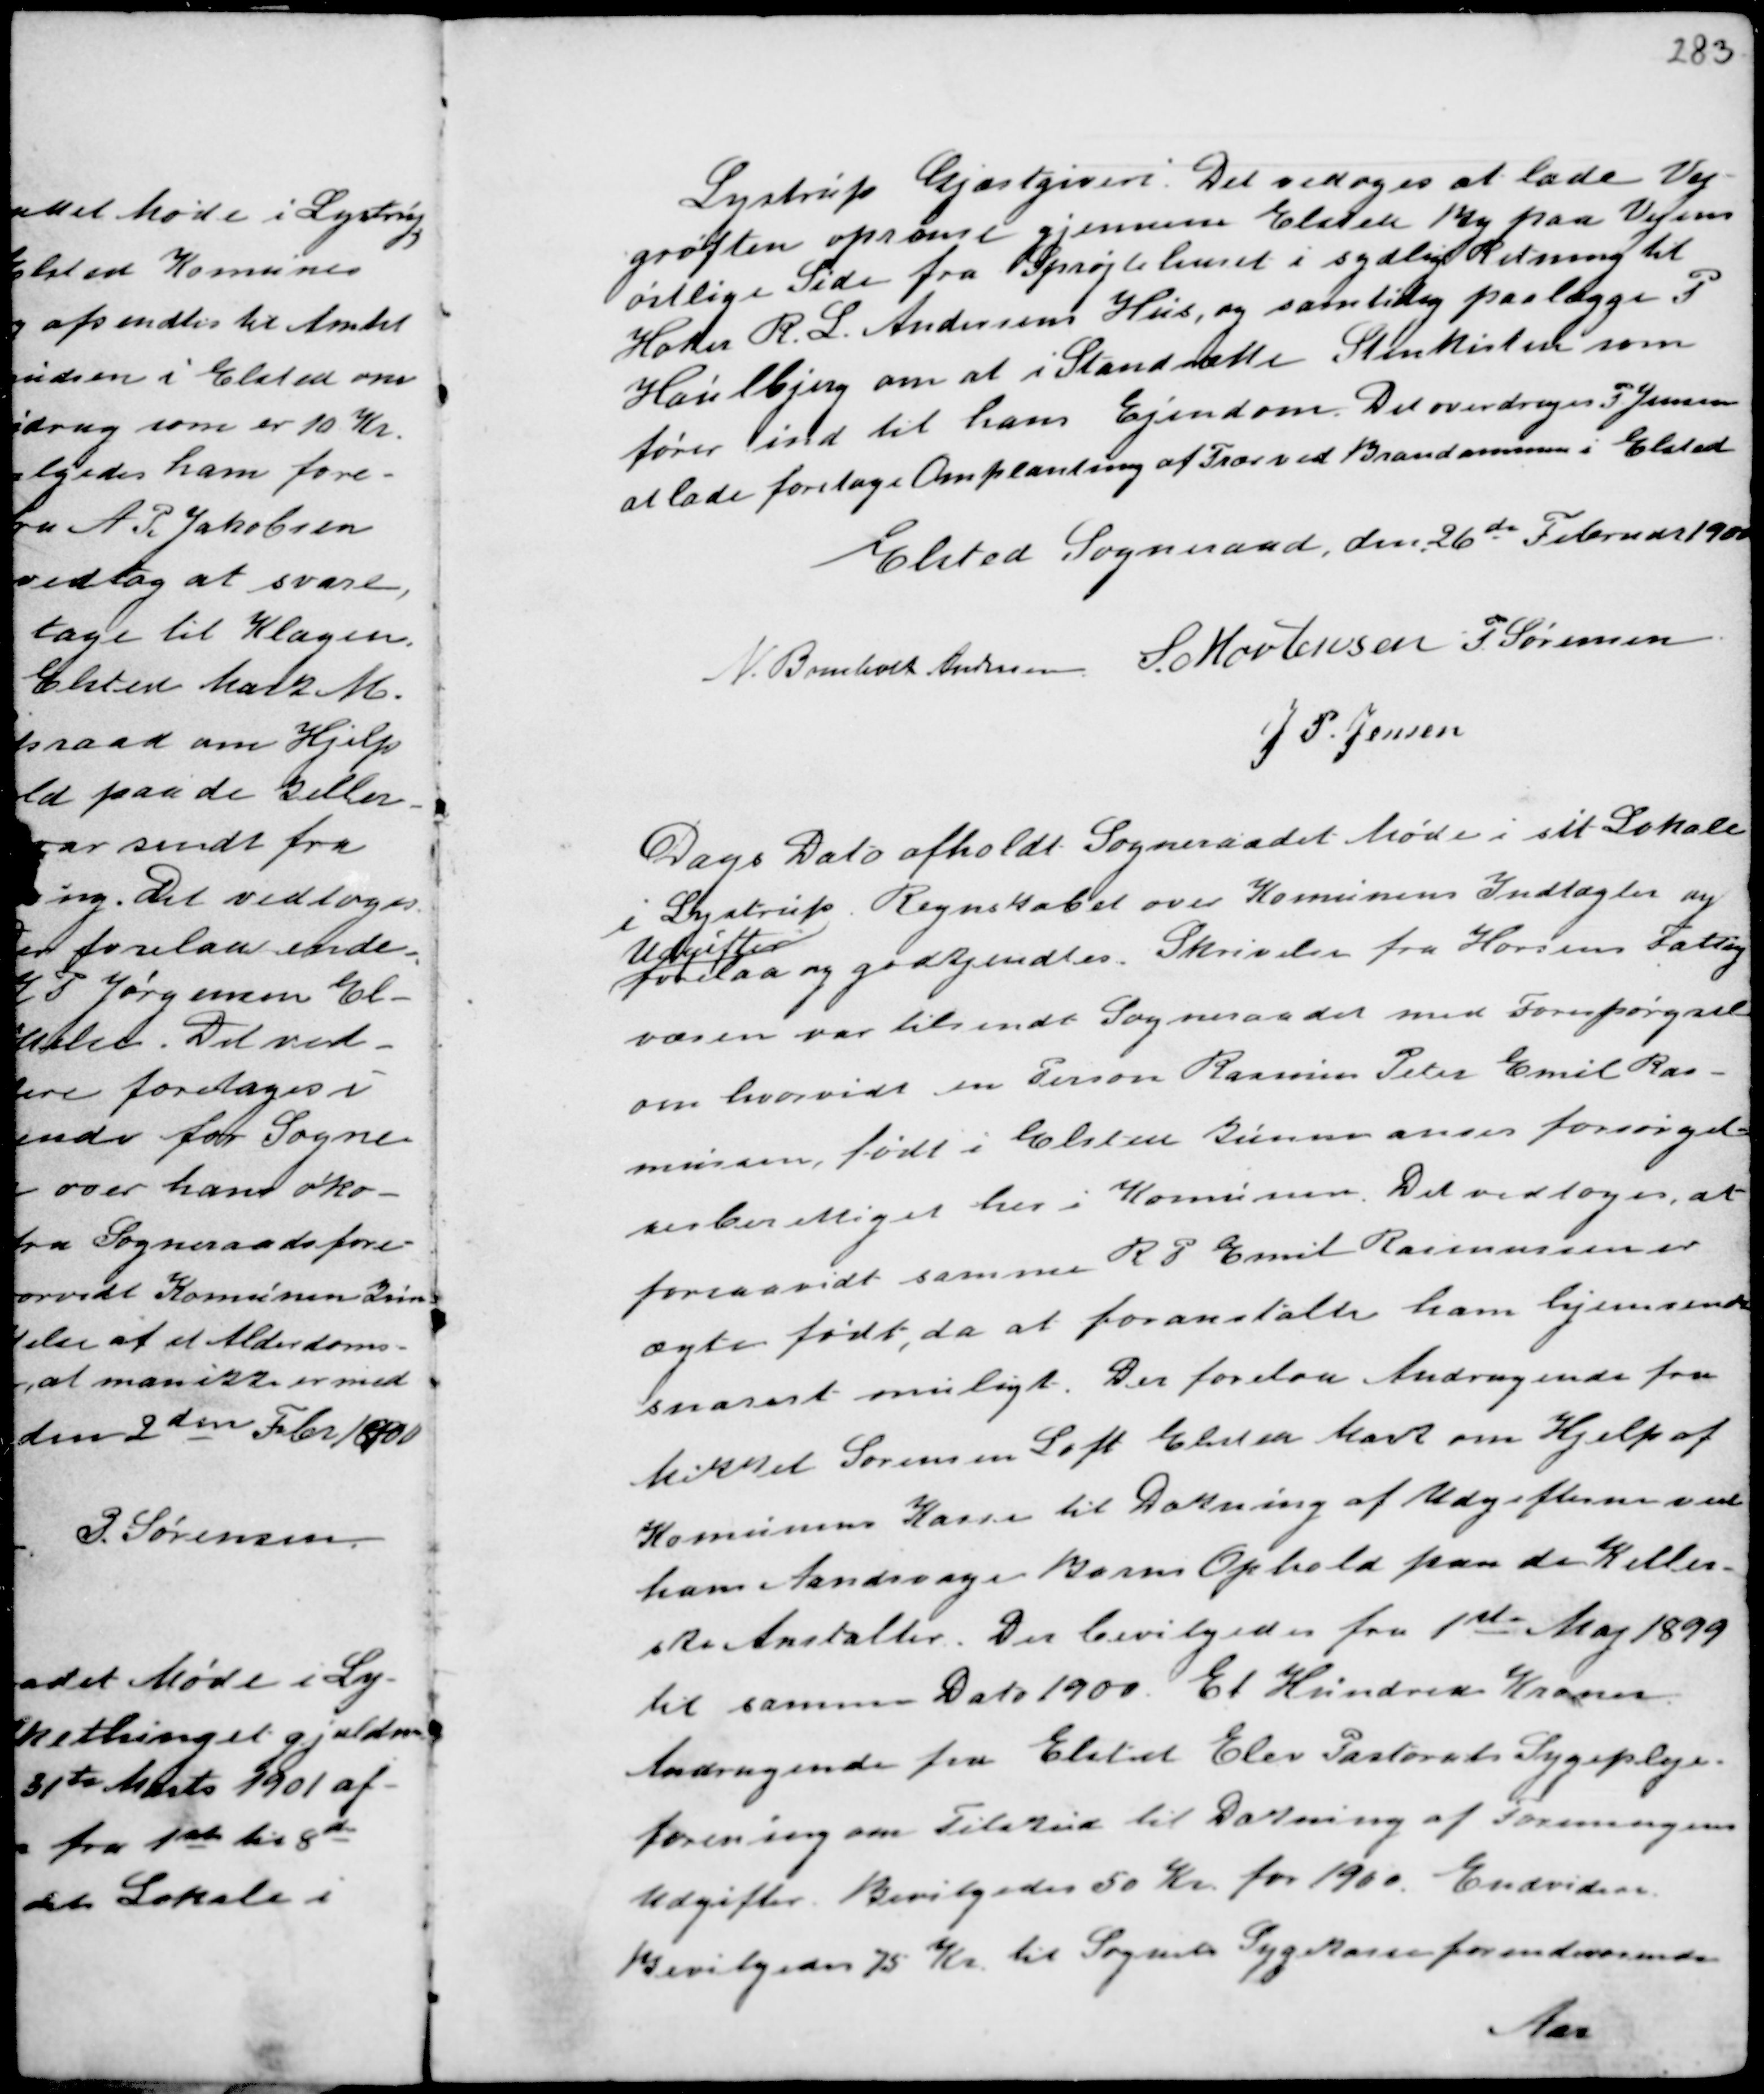
Transskription:
Lystrup Gjæstgiveri. Det vedtoges at lade Vej-
grøften opranse gjennem Elsted By paa Vejens
østlige Side fra Sprøjtehuset i sydlig Retning til
Høker R. L. Andersens Hus, og samtidig paalægge P
Houlbjerg om at i Standsætte Stenkisten som
fører ind til hans Ejendom. Det overdrages P Jensen
at lade foretage Omplantning af Trær ved Brandammen i Elsted

Elsted Sogneraad, den 26de Februar 1900
N. Bomholt Andersen S. Mortensen P. Sørensen
J P. Jensen

Dags Dato afholdt Sogneraadet Møde i sit Lokale
i Lystrup. Regnskabet over Komunens Indtægter og
Udgifter
forelaa og godkjendtes. Skrivelse fra Horsens Fattig
væsen var tilsendt Sogneraadet med Forespørgsel
om hvorvidt en Person Rasmus Peter Emil Ras-
mussen, født i Elsted kunne anses forsørgel-
sesberettiget her i Komunen. Det vedtoges, at
forsaavidt samme R P Emil Rasmussen er
ægte født, da at foranstalte ham hjemsendt
snarest muligt. Der forelaa Andragende fra
Mikkel Sørensen Loft Elsted Mark om Hjelp af
Komunens Kasse til Dattering af Udgifterne ved
hans Aandsvage Barns Ophold paa de Keller-
ske Anstalter. Der bevilgedes fra 1ste Maj 1899
til samme Dato 1900. Et Hundrede Kroner.
Andragende fra Elsted Elev Pastorats Sygepleje-
forening om Tilskud til Datering af Foreningens
Udgifter Bevilgedes 50 Kr for 1900. Endvidere
Bevilgedes 75 Kr til Sognets Sygekasse for indeværende
Aar